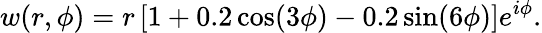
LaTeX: w(r,\phi)=r\left[1+0.2\cos(3\phi)-0.2\sin(6\phi)\right]e^{i\phi}.